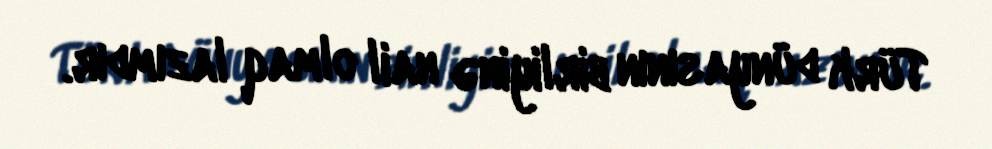
Türk dünyasının birliyinə nail olmaq lazımdır.